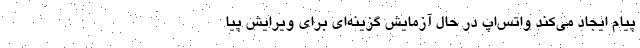
پیام‌ ایجاد می‌کند واتس‌اپ در حال آزمایش گزینه‌ای برای ویرایش پیا